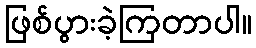
ဖြစ်ပွားခဲ့ကြတာပါ။